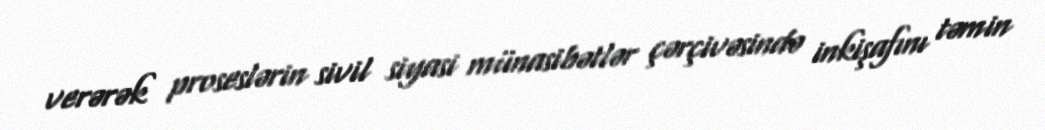
verərək proseslərin sivil siyasi münasibətlər çərçivəsində inkişafını təmin